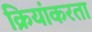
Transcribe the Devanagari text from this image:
क्रियांकरता